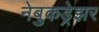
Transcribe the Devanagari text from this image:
नेबुकड्रेझर